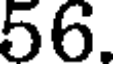
56.